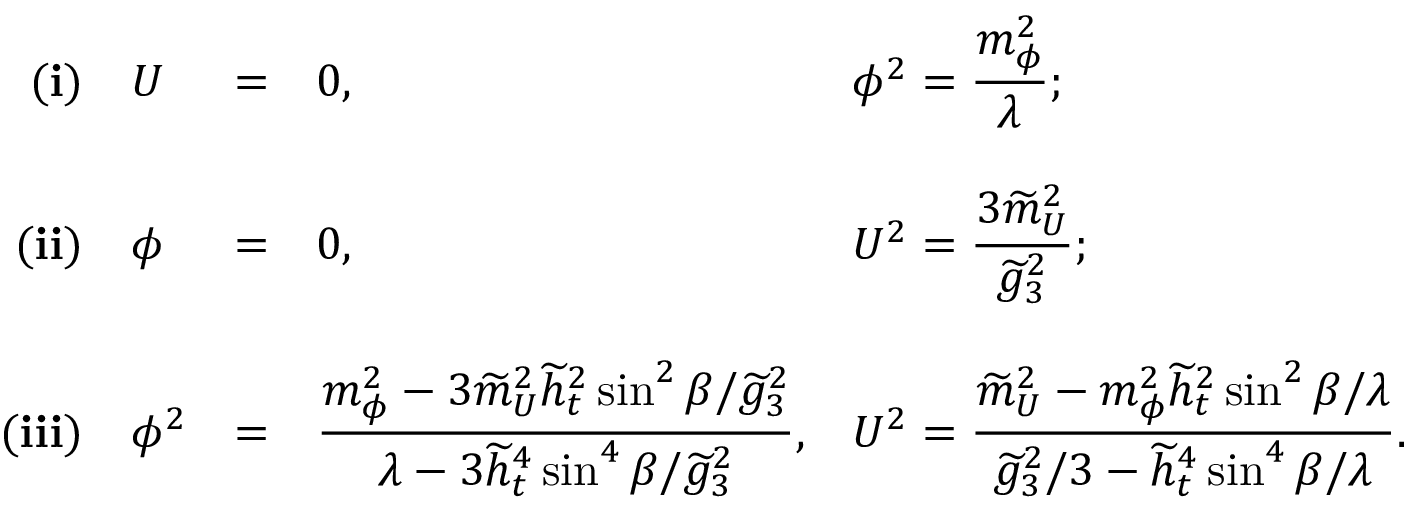
\begin{array} { r l l l l } { { { \bf ( i ) } } } & { { U } } & { { = } } & { { 0 , } } & { { { \displaystyle \phi ^ { 2 } = \frac { m _ { \phi } ^ { 2 } } { \lambda } ; } } } \\ { { } } & { { } } & { { } } & { { } } & { { } } \\ { { { \bf ( i i ) } } } & { { \phi } } & { { = } } & { { 0 , } } & { { { \displaystyle U ^ { 2 } = \frac { 3 \widetilde { m } _ { U } ^ { 2 } } { \widetilde { g } _ { 3 } ^ { 2 } } ; } } } \\ { { } } & { { } } & { { } } & { { } } & { { } } \\ { { { \bf ( i i i ) } } } & { { \phi ^ { 2 } } } & { { = } } & { { { \displaystyle \frac { m _ { \phi } ^ { 2 } - 3 \widetilde { m } _ { U } ^ { 2 } \widetilde { h } _ { t } ^ { 2 } \sin ^ { 2 } \beta / \widetilde { g } _ { 3 } ^ { 2 } } { \lambda - 3 \widetilde { h } _ { t } ^ { 4 } \sin ^ { 4 } \beta / \widetilde { g } _ { 3 } ^ { 2 } } , } } } & { { { \displaystyle U ^ { 2 } = \frac { \widetilde { m } _ { U } ^ { 2 } - m _ { \phi } ^ { 2 } \widetilde { h } _ { t } ^ { 2 } \sin ^ { 2 } \beta / \lambda } { \widetilde { g } _ { 3 } ^ { 2 } / 3 - \widetilde { h } _ { t } ^ { 4 } \sin ^ { 4 } \beta / \lambda } . } } } \end{array}